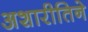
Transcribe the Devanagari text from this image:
अशारीतिने